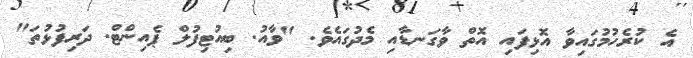
އެ ކުރެހުމުގައިވާ އޮޅިފައި އޮތް ވާގަނޑާއި މެދުގައެވެ. "ވާއު. ބިއުޓިފުލް ޕެއިންޓް. ދަރިފުޅުތަ"